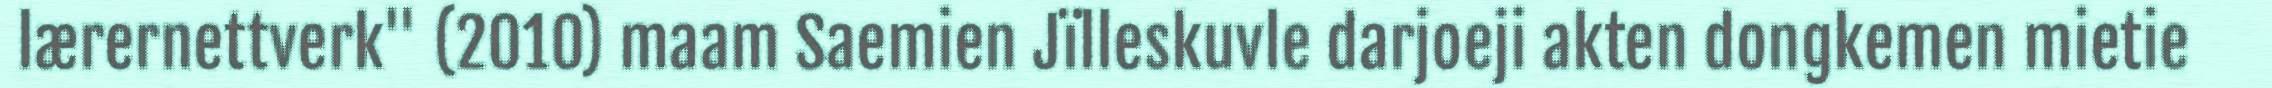
lærernettverk" (2010) maam Saemien Jïlleskuvle darjoeji akten dongkemen mietie